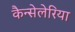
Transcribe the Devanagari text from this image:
कैन्सेलेरिया